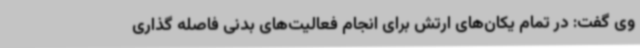
وی گفت: در تمام یکان‌های ارتش برای انجام فعالیت‌های بدنی فاصله گذاری